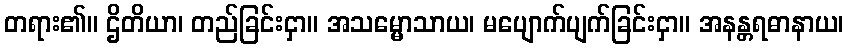
တရား၏။ ဌိတိယာ၊ တည်ခြင်းငှာ။ အသမ္မောသာယ၊ မပျောက်ပျက်ခြင်းငှာ။ အနန္တရဓာနာယ၊